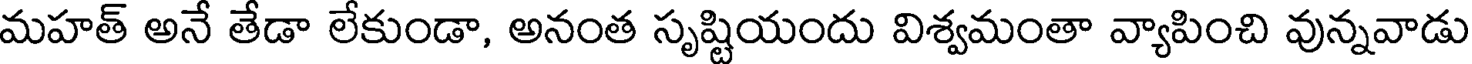
మహత్ అనే తేడా లేకుండా, అనంత సృష్టియందు విశ్వమంతా వ్యాపించి వున్నవాడు